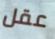
عقل